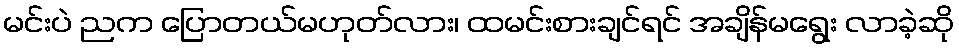
မင်းပဲ ညက ပြောတယ်မဟုတ်လား၊ ထမင်းစားချင်ရင် အချိန်မရွေး လာခဲ့ဆို